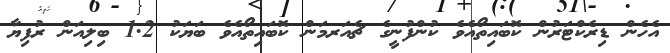
އެހެން ޑިރެކްޓަރުން ކޮބައިތޯއެވެ ކުންފުނީގެ ޗެއަރމަން ކޮބައިތޯއެވެ ބަޔަކު 1.2 ބިލިއަން ރުފިޔާ